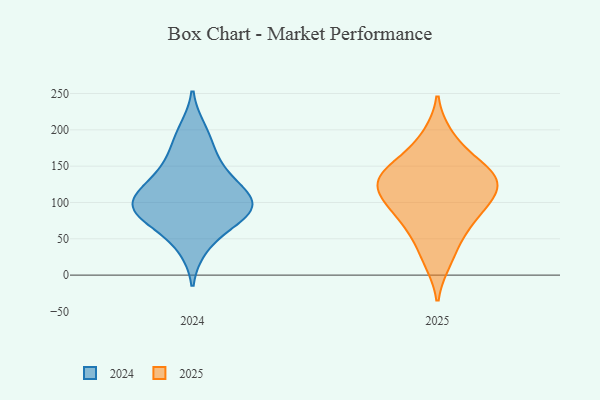
{"axis": {"x": "Satisfaction Score", "y": "Value"}, "legend": ["2024", "2025"], "data": [{"x": "", "y": 137, "type": "2024"}, {"x": "", "y": 77, "type": "2024"}, {"x": "", "y": 118, "type": "2024"}, {"x": "", "y": 175, "type": "2024"}, {"x": "", "y": 94, "type": "2024"}, {"x": "", "y": 148, "type": "2024"}, {"x": "", "y": 106, "type": "2024"}, {"x": "", "y": 71, "type": "2024"}, {"x": "", "y": 105, "type": "2024"}, {"x": "", "y": 86, "type": "2024"}, {"x": "", "y": 38, "type": "2024"}, {"x": "", "y": 200, "type": "2024"}, {"x": "", "y": 96, "type": "2024"}, {"x": "", "y": 119, "type": "2025"}, {"x": "", "y": 161, "type": "2025"}, {"x": "", "y": 19, "type": "2025"}, {"x": "", "y": 192, "type": "2025"}, {"x": "", "y": 85, "type": "2025"}, {"x": "", "y": 74, "type": "2025"}, {"x": "", "y": 111, "type": "2025"}, {"x": "", "y": 50, "type": "2025"}, {"x": "", "y": 97, "type": "2025"}, {"x": "", "y": 137, "type": "2025"}, {"x": "", "y": 134, "type": "2025"}, {"x": "", "y": 126, "type": "2025"}, {"x": "", "y": 147, "type": "2025"}]}